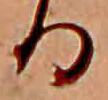
る